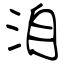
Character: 洎